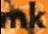
mk